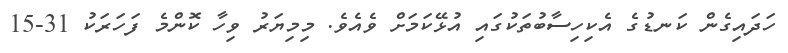
ހަދައިގެން ކަނޑުގެ އެކިހިސާބުތަކުގައި އުޅޭކަމަށް ވެއެވެ. މިމިޔަރު ވިހާ ކޮންމެ ފަހަރަކު 31-15